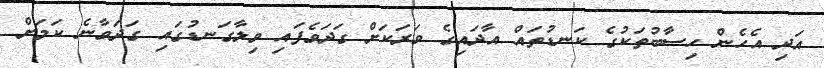
އަދި އެހެން ހިސާބުތަކުގެ ކަނޑުތައް އާދައިގެ ވަރަކަށް ގަދަވެފައި ވިލާގަނޑުގައި ގަދަވާނެ ކަމަށް